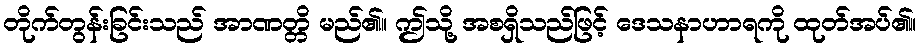
တိုက်တွန်းခြင်းသည် အာဏတ္တိ မည်၏။ ဤသို့ အစရှိသည်ဖြင့် ဒေသနာဟာရကို ထုတ်အပ်၏။